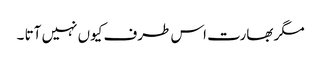
مگر بھارت اس طرف کیوں نہیں آتا ۔